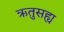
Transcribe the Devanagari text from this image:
ऋतुसह्य